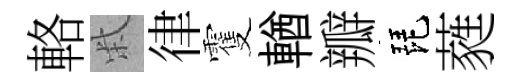
輅柴律䨥輶瓣琵蕤